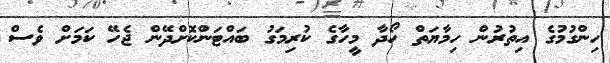
ހިންގުމުގެ އިތުރުން ހިމާޔަތް ހޯދާ މީހާގެ ކުރިމަގު ބައްޓަންކޮށްދޭން ޖެހޭ ކަމަށް ވެސް